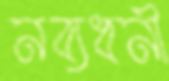
নব্যধনী